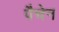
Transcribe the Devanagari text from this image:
पैचेन